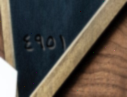
٤٩٥١